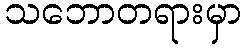
သဘောတရားမှာ